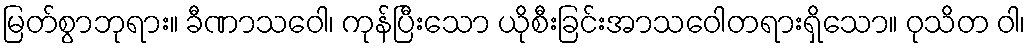
မြတ်စွာဘုရား။ ခီဏာသဝေါ၊ ကုန်ပြီးသော ယိုစီးခြင်းအာသဝေါတရားရှိသော။ ဝုသိတ ဝါ၊